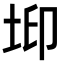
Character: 𡊶